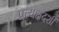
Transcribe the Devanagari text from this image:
प्रत्यक्षदर्शीं